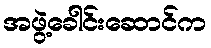
အဖွဲ့ခေါင်းဆောင်က